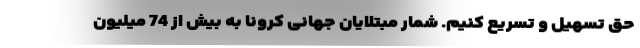
حق تسهیل و تسریع کنیم. شمار مبتلایان جهانی کرونا به بیش از 74 میلیون